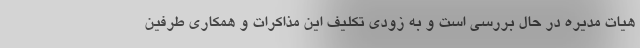
هیات مدیره در حال بررسی است و به زودی تکلیف این مذاکرات و همکاری طرفین